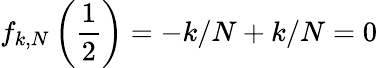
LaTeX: f_{k,N}\left(\frac{1}{2}\right)=-k/N+k/N=0